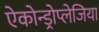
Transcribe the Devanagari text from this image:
ऐकोन्ड्रोप्लेजिया